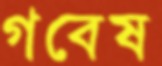
গবেষ